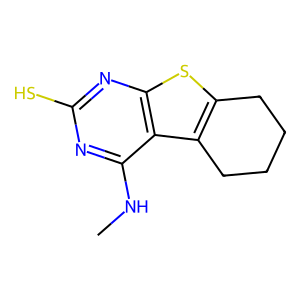
SMILES: CNc1nc(S)nc2sc3c(c12)CCCC3
Inhibits HIV replication: No